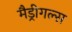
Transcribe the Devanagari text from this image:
मैड्रीगल्स